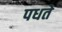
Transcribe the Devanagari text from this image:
पधते